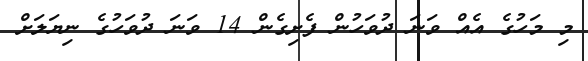
މި މަހުގެ އެއް ވަނަ ދުވަހުން ފެށިގެން 14 ވަނަ ދުވަހުގެ ނިޔަލަށް